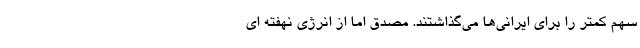
سهم کمتر را برای ایرانی‌ها می‌گذاشتند. مصدق اما از انرژی نهفته ای